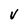
Character: V